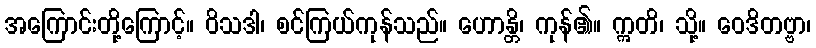
အကြောင်းတို့ကြောင့်။ ဝိသဒါ၊ စင်ကြယ်ကုန်သည်။ ဟောန္တိ၊ ကုန်၏။ ဣတိ၊ သို့။ ဝေဒိတဗ္ဗာ၊